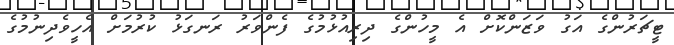
ޓީޗަރުންގެ އަގު ވަޒަންކޮށް އެ މީހުންގެ ދިރިއުޅުމުގެ ފެންވަރު ރަނގަޅު ކުރުމަށް އެހީވެދިނުމުގެ